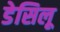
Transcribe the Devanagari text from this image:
डेसिलू